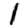
Digit: 1